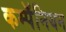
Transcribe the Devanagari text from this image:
कम्पॅनियन